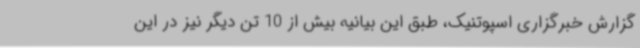
گزارش خبرگزاری اسپوتنیک، طبق این بیانیه بیش از 10 تن دیگر نیز در این